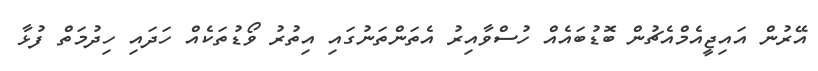
އޭރުން އައިޖީއެމްއެޗުން ބޮޑުބައެއް ހުސްވާއިރު އެތަންތަނުގައި އިތުރު ވޯޑުތަކެއް ހަދައި ހިދުމަތް ފުޅާ